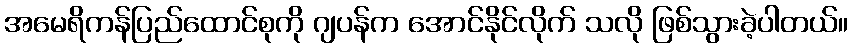
အမေရိကန်ပြည်ထောင်စုကို ဂျပန်က အောင်နိုင်လိုက် သလို ဖြစ်သွားခဲ့ပါတယ်။